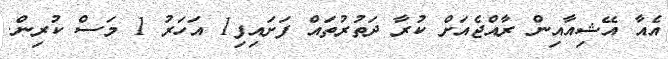
އެއާ އޭޝިއާއިން ރާއްޖެއަށް ކުރާ ދަތުރުތައް ފަށައިފި1 އަހަރު 1 މަސް ކުރިން.